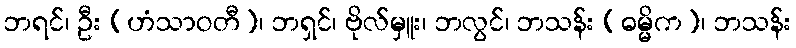
ဘရင်၊ ဦး (ဟံသာဝတီ)၊ ဘရှင်၊ ဗိုလ်မှူး၊ ဘလွင်၊ ဘသန်း (ဓမ္မိက)၊ ဘသန်း